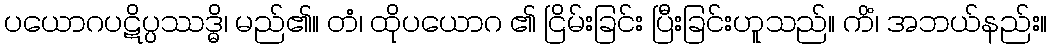
ပယောဂပဋိပ္ပဿဒ္ဓိ၊ မည်၏။ တံ၊ ထိုပယောဂ ၏ ငြိမ်းခြင်း ပြီးခြင်းဟူသည်။ ကိံ၊ အဘယ်နည်း။